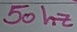
Text: 50 hz